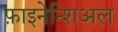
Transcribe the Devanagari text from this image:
फ़ाइनेन्शिअल